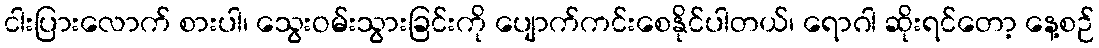
ငါးပြားလောက် စားပါ၊ သွေးဝမ်းသွားခြင်းကို ပျောက်ကင်းစေနိုင်ပါတယ်၊ ရောဂါ ဆိုးရင်တော့ နေ့စဉ်